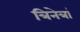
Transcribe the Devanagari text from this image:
त्रिनेत्रां